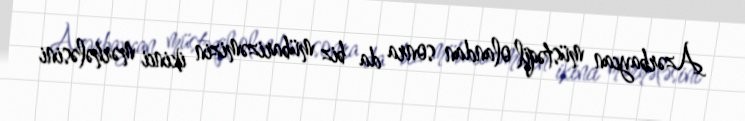
Azərbaycan müstəqil olandan sonra da biz mübarizəmizin ikinci mərhələsini